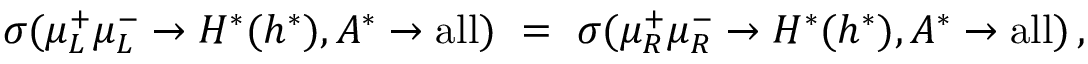
\sigma ( \mu _ { L } ^ { + } \mu _ { L } ^ { - } \to H ^ { * } ( h ^ { * } ) , A ^ { * } \to \mathrm { a l l } ) \ = \ \sigma ( \mu _ { R } ^ { + } \mu _ { R } ^ { - } \to H ^ { * } ( h ^ { * } ) , A ^ { * } \to \mathrm { a l l } ) \, ,